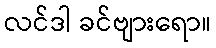
လင်ဒါ ခင်ဗျားရော။